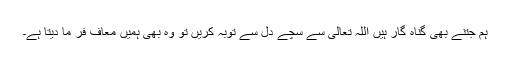
ہم جتنے بھی گناہ گار ہیں اللہ تعالٰی سے سچے دل سے توبہ کریں تو وہ بھی ہمیں معاف فر ما دیتا ہے۔